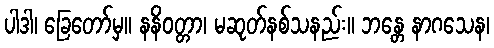
ပါဒါ၊ ခြေတော်မှ။ နနိဝတ္တာ၊ မဆုတ်နစ်သနည်း။ ဘန္တေ နာဂသေန၊